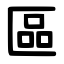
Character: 區